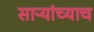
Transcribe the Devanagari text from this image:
साऱ्यांच्याच